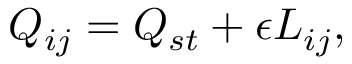
Q _ { i j } = Q _ { s t } + \epsilon L _ { i j } ,